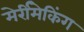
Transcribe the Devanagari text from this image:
मेर्रीमेकिंग